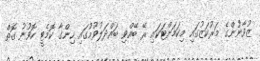
ޒުވާނުންގެ މަރުކަޒުގައި މިކަމަށްޓަކައި ރޭ ބޭއްވި ބައްދަލުވުމުގައި ހިންގާ ކޮމެޓީ ހޮވުނު ގޮތް